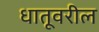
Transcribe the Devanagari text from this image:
धातूवरील